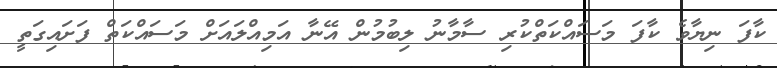
ކާފަ ނިޔާވެ ކާފަ މަސައްކަތްކުރި ސާމާނު ލިބުމުން އޭނާ އަމިއްލައަށް މަސައްކަތް ފަށައިގަތީ